Vaccine operations Central Provinces & Berar 1912-1920 - 1912-1920
Year: 1912
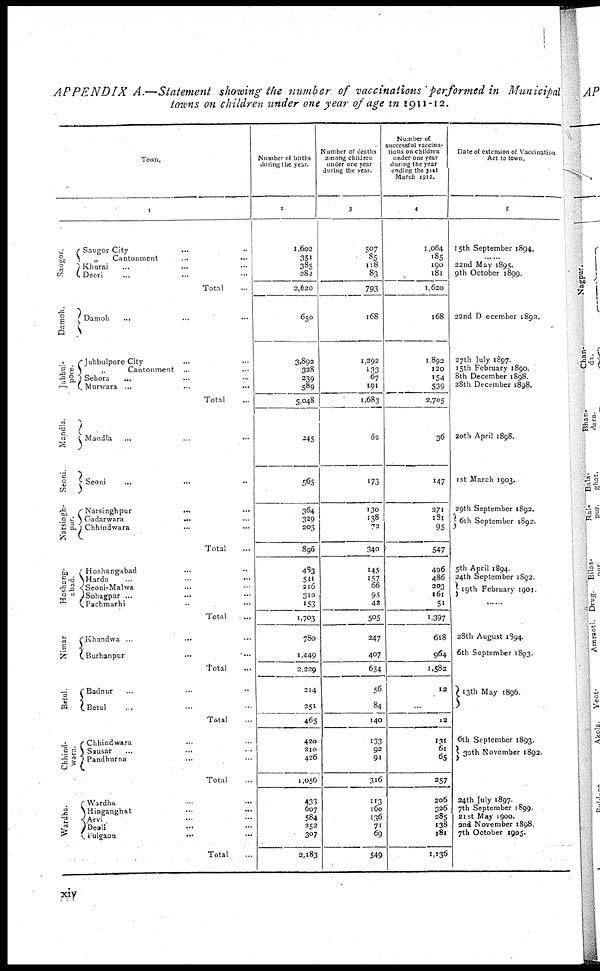
APPENDIX
A.—Statement showing the number of vaccinations performed in Municipal
towns on children under one year of age in 1911-12.
Town.
1
Saugor.
Damoh.
Jubbul¬
pore.
Mandla.
Seoni.
Narsingh¬
pur.
Hoshang¬
abad.
Nimar
Betul.
Chhind¬
wara.
Wardha.
Saugor City ... ...
„ Cantonment ... ...
Khurai ... ... ...
Deori ... ... ...
Total ...
Damoh ... ... ...
Jubbulpore City ... ...
„
Cantonment
... ...
Sehora ... ... ...
Murwara ... ... ...
Total ...
Mandla ... ... ...
Seoni ... ... ...
Narsinghpur ... ...
Gadarwara ... ...
Chhindwara ... ...
Total ...
Hoshangabad ... ...
Harda ... ... ...
Seoni-Malwa ... ...
Sohagpur ... ... ...
Pachmarhi ... ...
Total ...
Khandwa ... ... ...
Burhanpur ... ...
Total ...
Badnur ... ... ...
Betul ... ... ...
Total ...
Chhindwara ... ...
Sausar ... ... ...
Pandhurna ... ...
Total ...
Wardha ... ...
Hinganghat ... ...
Arvi ... ...
Deoli ... ...
Pulgaon
...
...
Total ...
Number of births
during the year.
2
1,602
351
385
282
2,620
650
3,892
328
239
589
5,048
245
565
364
329
203
896
483
541
216
310
153
1,703
780
1,449
2,229
214
251
465
420
210
426
1,056
433
607
584
252
307
2,183
Number of deaths
among children
under one year
during the year.
3
507
85
118
83
793
168
1,292
133
67
191
1,683
62
173
130
138
72
340
145
157
66
95
42
505
247
407
654
56
84
140
133
92
91
316
113 160
136
71
69
549
Number of
successful vaccina¬
tions on children
under one year
during the year
ending the 31st
March 1912.
4
1,064
185
190
181
1,620
168
1,892
120
154
539
2,705
36
147
271
181
95
547
496
486
203
161
51
1,397
618
964
1,582
12
...
12
131
61
65
257
206
326
285
138
181
1,136
Date of extension of Vaccination
Act to town.
5
15th September 1894.
...... 22nd May 1895.
9th October 1899.
22nd December 1892.
27th July 1897.
15th February 1890.
8th December 1898.
28th December 1898.
20th April 1898.
1st March 1903.
29th September 1892.
6th September 1892.
5th April 1894.
24th September 1892.
19th February 1901.
......
28th August 1894.
6th September 1893.
13th May 1896.
6th September 1893.
30th November 1892.
24th July 1897.
7th September 1899.
21 st May 1900.
2nd November 1898.
7th October 1905.
xiv